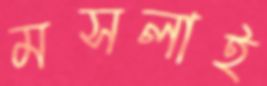
মসলাই